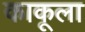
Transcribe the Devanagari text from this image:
काकूला